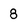
Character: 8